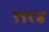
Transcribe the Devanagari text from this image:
९९१४